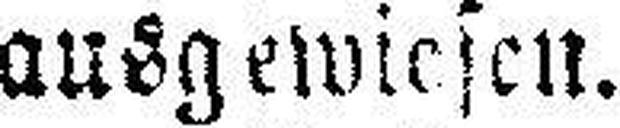
ausgewiesen.